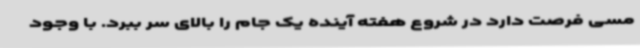
مسی فرصت دارد در شروع هفته آینده یک جام را بالای سر ببرد. با وجود